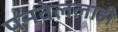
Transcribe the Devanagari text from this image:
पनवेललाही